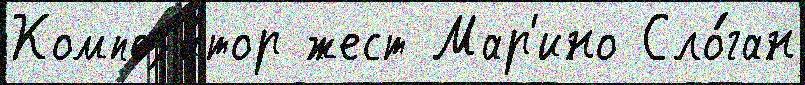
Композ'и́тор жест Мар'ино Сло́ган